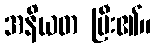
အနိယတ ပြီး၏။